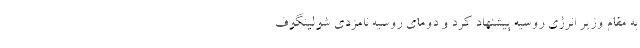
به مقام وزیر انرژی روسیه پیشنهاد کرد و دومای روسیه نامزدی شولینگوف